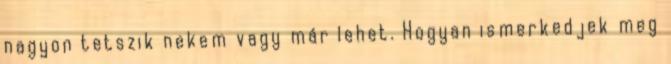
nagyon tetszik nekem vagy már lehet. Hogyan ismerkedjek meg